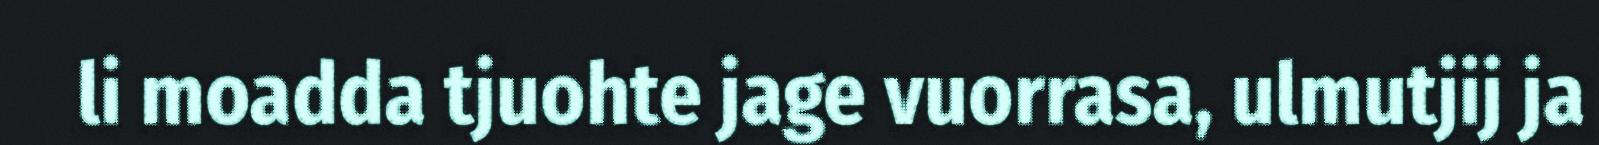
li moadda tjuohte jage vuorrasa, ulmutjij ja